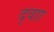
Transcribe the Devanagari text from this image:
द्वाा